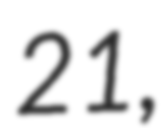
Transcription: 21,